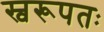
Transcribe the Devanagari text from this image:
स्वरूपतः